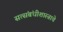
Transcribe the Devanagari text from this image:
सत्संबंधीशास्त्राचे